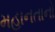
મહાનતાનો